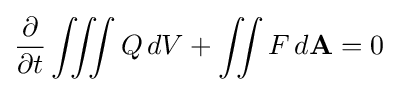
{\frac {\partial }{\partial t}}\iiint Q\,dV+\iint F\,d\mathbf {A} =0